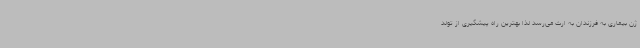
ژن بیماری به فرزندان به ارث می‌رسد لذا بهترین راه پیشگیری از تولد